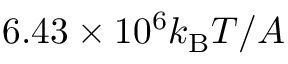
6 . 4 3 \times 1 0 ^ { 6 } k _ { \mathrm { B } } T / A